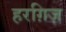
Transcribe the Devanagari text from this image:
हरग़िज़